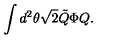
\int d ^ { 2 } \theta \sqrt { 2 } \tilde { Q } \Phi Q .